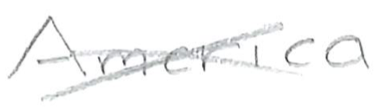
Text: America
Cross-out: cross
Writing tool: pencil